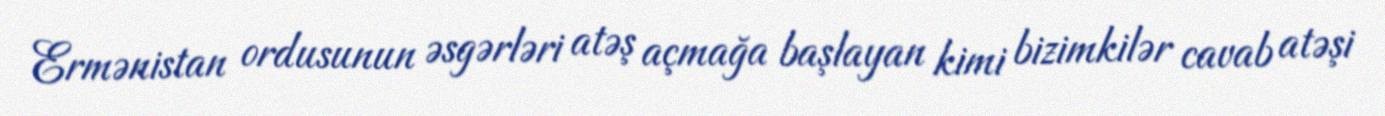
Ermənistan ordusunun əsgərləri atəş açmağa başlayan kimi bizimkilər cavab atəşi